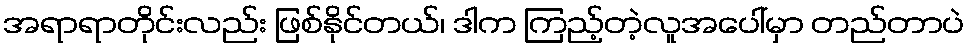
အရာရာတိုင်းလည်း ဖြစ်နိုင်တယ်၊ ဒါက ကြည့်တဲ့လူအပေါ်မှာ တည်တာပဲ